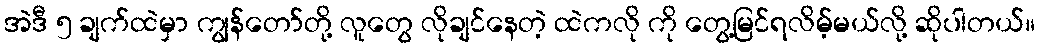
အဲဒီ ၅ ချက်ထဲမှာ ကျွန်တော်တို့ လူတွေ လိုချင်နေတဲ့ ထဲကလို ကို တွေ့မြင်ရလိမ့်မယ်လို့ ဆိုပါတယ်။